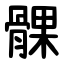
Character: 髁